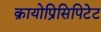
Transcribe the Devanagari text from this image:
क्रायोप्रिसिपिटेट